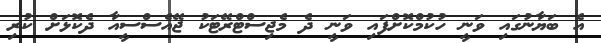
އެ ބަޔާނުގައި ވަނީ ހުކުމްކޮށްފައި ވަނީ ދެ މެޖިސްޓްރޭޓަކު ޖޭއެސްސީއާ ދެކޮޅަށް ކުރި